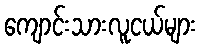
ကျောင်းသားလူငယ်များ